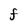
Character: F